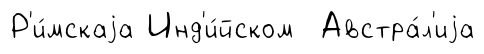
Р'и́мскаjа Инд'и́йском Австра́л'иjа